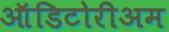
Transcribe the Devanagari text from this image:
ऑडिटोरीअम